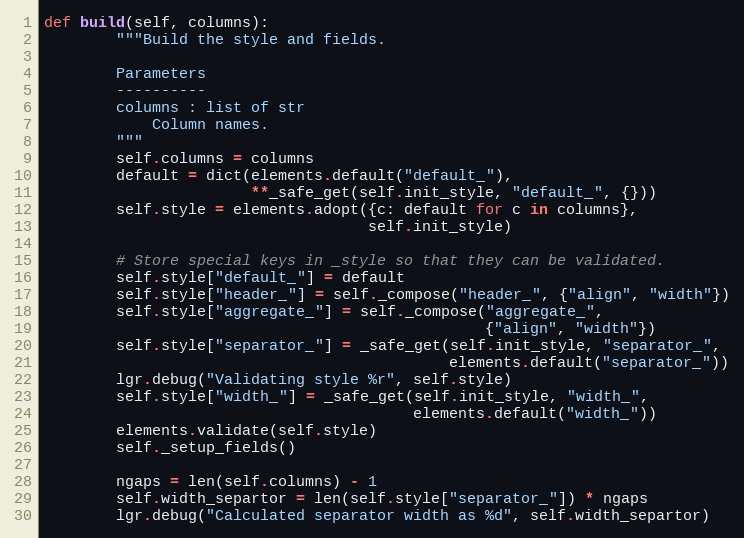
Language: Python
def build(self, columns):
        """Build the style and fields.

        Parameters
        ----------
        columns : list of str
            Column names.
        """
        self.columns = columns
        default = dict(elements.default("default_"),
                       **_safe_get(self.init_style, "default_", {}))
        self.style = elements.adopt({c: default for c in columns},
                                    self.init_style)

        # Store special keys in _style so that they can be validated.
        self.style["default_"] = default
        self.style["header_"] = self._compose("header_", {"align", "width"})
        self.style["aggregate_"] = self._compose("aggregate_",
                                                 {"align", "width"})
        self.style["separator_"] = _safe_get(self.init_style, "separator_",
                                             elements.default("separator_"))
        lgr.debug("Validating style %r", self.style)
        self.style["width_"] = _safe_get(self.init_style, "width_",
                                         elements.default("width_"))
        elements.validate(self.style)
        self._setup_fields()

        ngaps = len(self.columns) - 1
        self.width_separtor = len(self.style["separator_"]) * ngaps
        lgr.debug("Calculated separator width as %d", self.width_separtor)